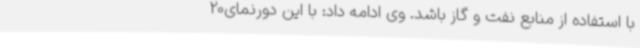
با استفاده از منابع نفت و گاز باشد. وی ادامه داد: با این دورنمای20